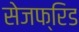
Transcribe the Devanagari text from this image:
सेजफ्रिड